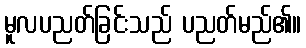
မူလပညတ်ခြင်းသည် ပညတ်မည်၏။